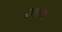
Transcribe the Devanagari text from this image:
रमणो